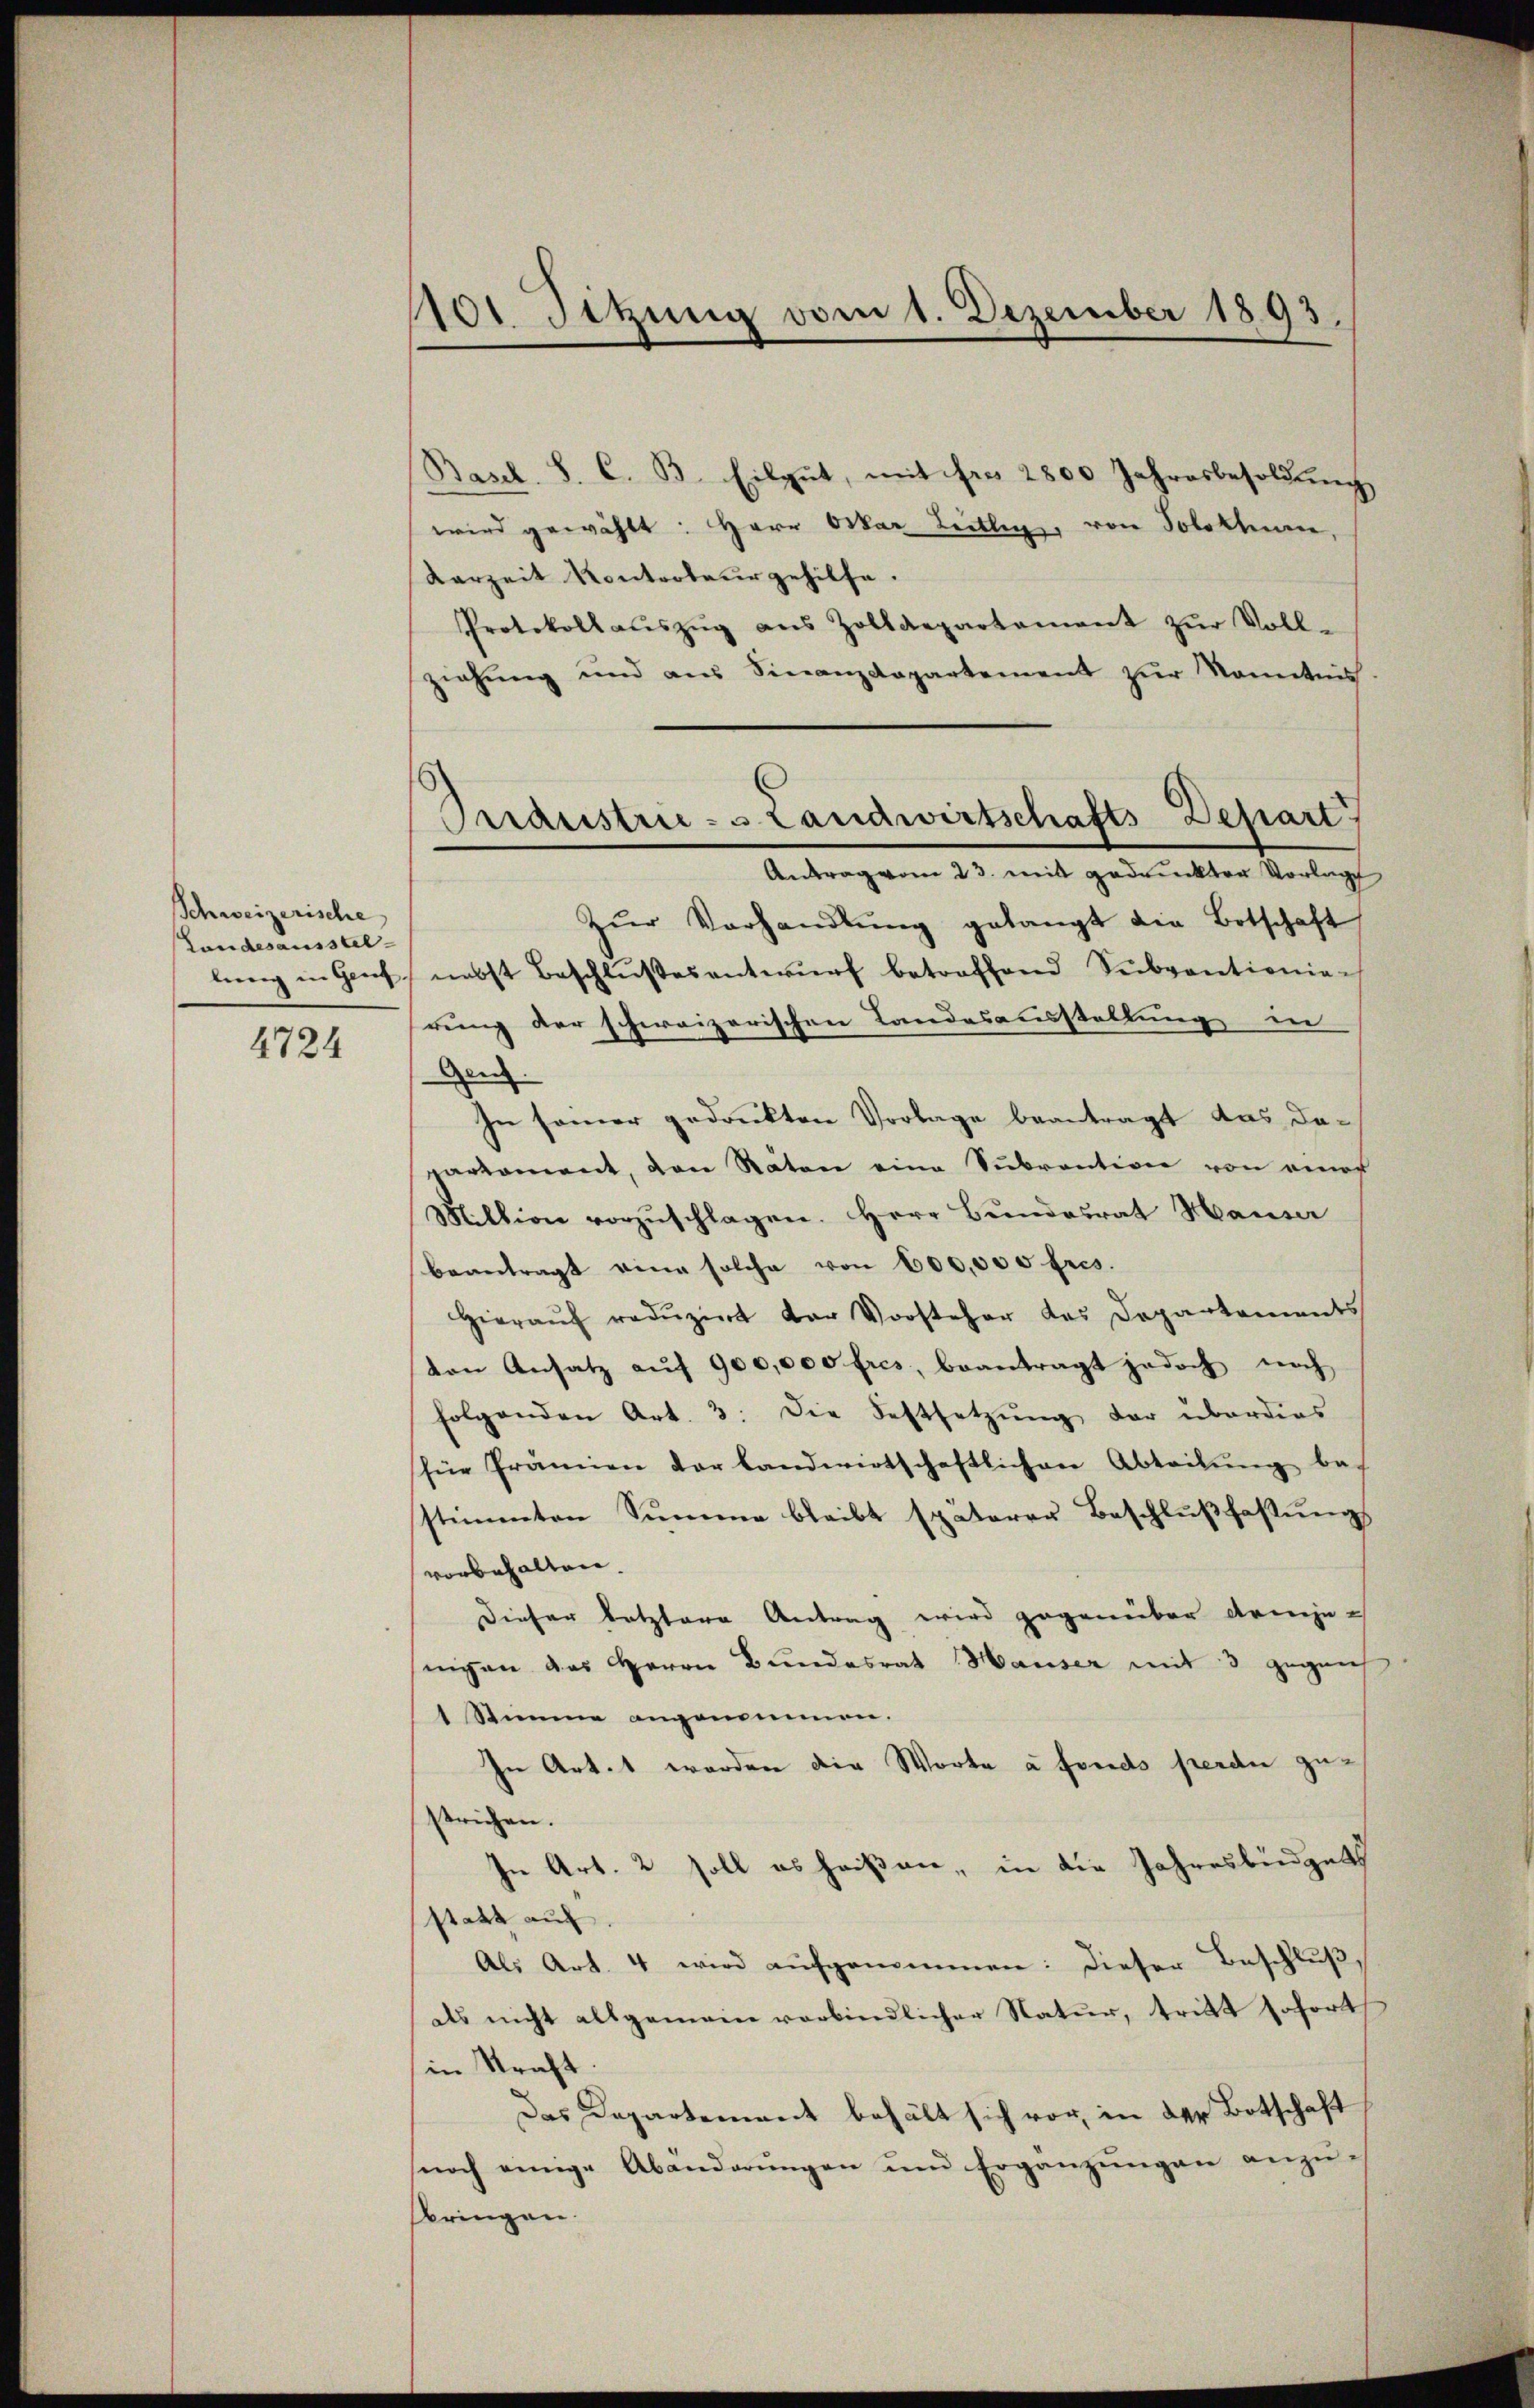
Schweizerische
Landesausstl
lung in Genf,

4724

101. Setzung vom 1. Dezember 1893.

Industrie- Landwirtschafts Depart
Antrag vom 23. mit gedruckten Vorlegt

Basel. S. C. B. Eilgut, mit ihre 2800 Jahresbesoldung
wird gewählt: Herr Oskar Leitlinge, von Solothur,
Karzeit Kontroteur gehilfe.
Protokollaŭszŭg aŭs Zolldepartement zŭr Voll-
ziehŭng und aus Finanzdepartement zŭr Kenntnis.
Zŭr Vorhandlŭng gelangt die Botschaft
nebst Beschlŭβesentwŭrf betroffend Subventionien
rung der schweizerischen Landesausstellung in
Gen
In seiner gedruckten Vorlage beantragt das davarkoment, den Räten eine Sŭbvention von einef
Miltion vorzŭschlagen. Herr Bundesrat Hauser
beantragt eine solche von 600,000 frs.
Hieraŭf redŭzirt der Vorsteher des Departements
von Ansatz aŭf 900,000 fres, beantragt jedoch noch
folgenden Art. 3. Die Festsetzŭng der überdies
für Prämien der landwirtschaftlichen Abteilŭng be-
sstimmten Summe bleibt späterer Beschlŭβ fastŭngs
vorbehalten.
Dieser letztere Antrag wird gegenüber Armjenigen das Herrn Bundesrat Hauser mit 3 gegens
1 Stimme angenommen.
In Art. t worden die Worte à fonds perdu zustrichen.
In Art. 2 soll es heißen, in die Jahresbüdgets
statt auf
Als Art. 4 wird aufgenommen: dieser Beschluß,
als nicht allgemein verbindlicher Natur, tritt sofort
in Kraft.
Das Departement behält sich vor, in der Botschaft
noch einige Abänderŭngen und Ergänzŭngen anzŭ-
bringen.